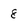
Character: 8